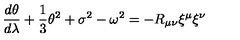
\frac { d \theta } { d \lambda } + \frac { 1 } { 3 } \theta ^ { 2 } + \sigma ^ { 2 } - \omega ^ { 2 } = - R _ { \mu \nu } \xi ^ { \mu } \xi ^ { \nu }